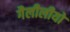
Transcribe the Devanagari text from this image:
गैलीलीयो